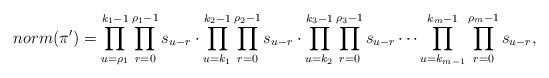
LaTeX: \begin{align*} norm(\pi^{\prime})=\prod_{u=\rho_1}^{k_1-1}\prod_{r=0}^{\rho_1-1}s_{u-r}\cdot \prod_{u=k_1}^{k_2-1}\prod_{r=0}^{\rho_2-1}s_{u-r}\cdot \prod_{u=k_2}^{k_3-1}\prod_{r=0}^{\rho_3-1}s_{u-r}\cdots \prod_{u=k_{m-1}}^{k_m-1}\prod_{r=0}^{\rho_m-1}s_{u-r}, \end{align*}